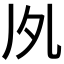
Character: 𠂗